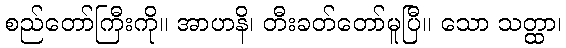
စည်တော်ကြီးကို။ အာဟနိ၊ တီးခတ်တော်မူပြီ။ သော သတ္ထာ၊